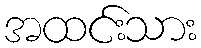
အထင်းသား